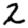
Digit: 2